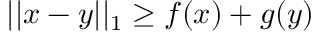
| | x - y | | _ { 1 } \geq f ( x ) + g ( y )